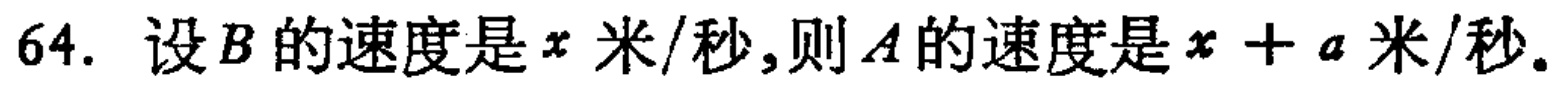
64. 设\(B\)的速度是\(x\)米/秒,则\(A\)的速度是\(x + a\)米/秒.